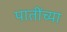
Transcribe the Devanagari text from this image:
पातींच्या